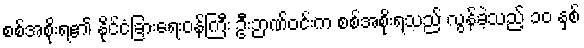
စစ်အစိုးရ၏ နိုင်ငံခြားရေးဝန်ကြီး ဦးဉာဏ်ဝင်းက စစ်အစိုးရသည် လွန်ခဲ့သည့် ၁၀ နှစ်